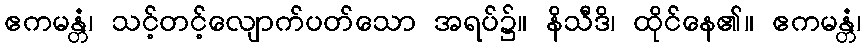
ဧကမန္တံ၊ သင့်တင့်လျောက်ပတ်သော အရပ်၌။ နိသီဒိ၊ ထိုင်နေ၏။ ဧကမန္တံ၊